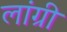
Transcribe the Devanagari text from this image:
लांग्री